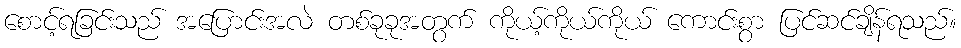
စောင့်ရခြင်းသည် အပြောင်းအလဲ တစ်ခုခုအတွက် ကိုယ့်ကိုယ်ကိုယ် ကောင်းစွာ ပြင်ဆင်ချိန်ရသည်။